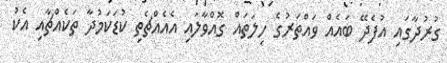
ގުރުދާގައި އުފެދޭ ބައެއް ވައްތަރުގެ ހިލަތައް ގޮއްވާލައި އެއެއްޗެތި ކުޑަކަމުދާ ތަކެއްޗާއި އެކު